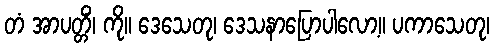
တံ အာပတ္တိံ၊ ကို။ ဒေသေတု၊ ဒေသနာပြောပါလော့။ ပကာသေတု၊